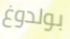
بولدوغ